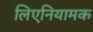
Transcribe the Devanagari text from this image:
लिएनियामक